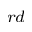
^ { r d }